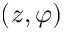
( z , \varphi )